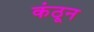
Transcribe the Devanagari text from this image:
कंठून